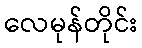
လေမုန်တိုင်း